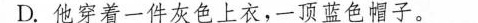
D.他穿着一件灰色上衣，一顶蓝色帽子。